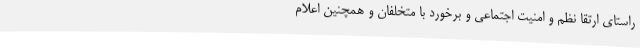
راستای ارتقا نظم و امنیت اجتماعی و برخورد با متخلفان و همچنین اعلام